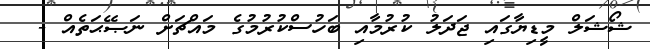
ޝޯޝަލް މީޑިޔާގައި ޖަދަލު ކުރުމާއި ބަހުސްކުރުމުގެ މައްޗަށް ނަޞޭޙަތެއް -